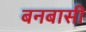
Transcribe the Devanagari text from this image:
बनबासी